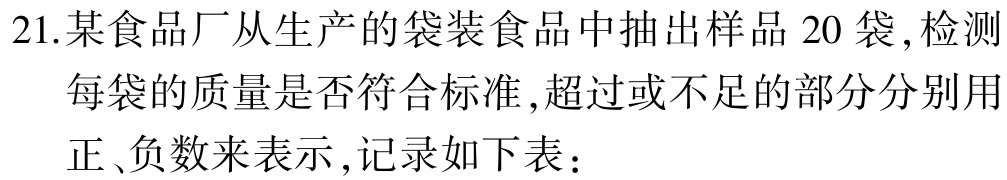
21.某食品厂从生产的袋装食品中抽出样品 20 袋,检测
每袋的质量是否符合标准,超过或不足的部分分别用
正、负数来表示,记录如下表：